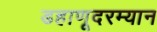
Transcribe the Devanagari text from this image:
डहाणूदरम्यान